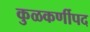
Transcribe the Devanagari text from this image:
कुळकर्णीपद